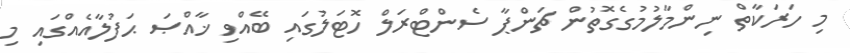
މި ހަރަކާތް ނިންމާލުމުގެގޮތުން ޗަންޕާ ސެންޓްރަލް ހޮޓަލުގައި ބޭއްވި ޚާއްޞަ ޙަފުލާއެއްގައި މި